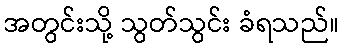
အတွင်းသို့ သွတ်သွင်း ခံရသည်။